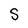
Character: S